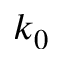
k _ { 0 }